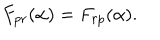
F _ { p r } ( \alpha ) = F _ { r p } ( \alpha ) .